Scottish Leaving Certificate Examination, 1953
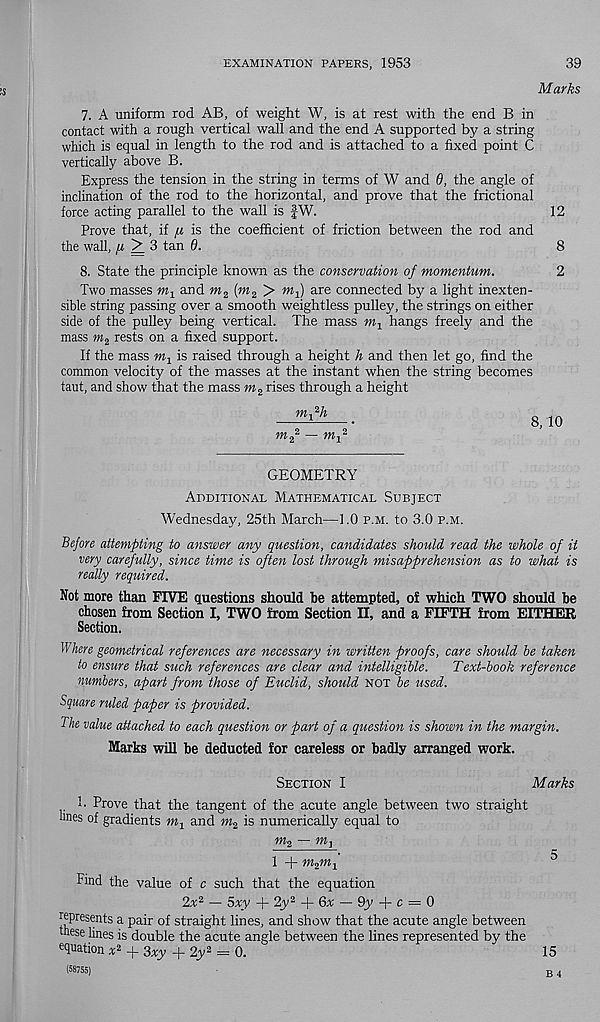
EXAMINATION PAPERS, 1953
39
Marks
7. A uniform rod AB, of weight W, is at rest with the end B in
contact with a rough vertical wall and the end A supported by a string
which is equal in length to the rod and is attached to a fixed point C
vertically above B.
Express the tension in the string in terms of W and 0, the angle of
inclination of the rod to the horizontal, and prove that the frictional
force acting parallel to the wall is fW.
12
Prove that, if fi is the coefficient of friction between the rod and
the wall,
3 tan 6.
8
8. State the principle known as the conservation of momentum.
2
Two masses m 1 and
(m 2 > mf) are connected by a light inexten-
sible string passing over a smooth weightless pulley, the strings on either
side of the pulley being vertical. The mass
hangs freely and the
mass m 2 rests on a fixed support.
If the mass Wj is raised through a height h and then let go, find the
common velocity of the masses at the instant when the string becomes
taut, and show that the mass m 2 rises through a height
m 2
2 —
GEOMETRY
Additional Mathematical Subject
Wednesday, 25th March—1.0 p.m. to 3.0 p.m.
Before attempting to answer any question, candidates should read the whole of it
very carefully, since time is often lost through misapprehension as to what is
really required.
Not more than FIVE questions should be attempted, oi which TWO should be
chosen from Section I, TWO from Section II, and a FIFTH from EITHER
Section.
Where geometrical references are necessary in written proofs, care should he taken
to ensure that such references are clear and intelligible.
Text-hook reference
numbers, apart from those of Euclid, should not he used.
Square ruled paper is provided.
The value attached to each question or part of a question is shown in the margin.
Marks will be deducted for careless or badly arranged work.
Section I
Marks
1. Prove that the tangent of the acute angle between two straight
lines of gradients m 1 and m 2 is numerically equal to
m 2 —
1 + m 2 m 1
^
Find the value of c such that the equation
2x 2 — 5xy + 2y 2 + 6# — 9_y + c = 0
represents a pair of straight lines, and show that the acute angle between
these lines is double the acute angle between the lines represented by the
equation + 3xy + 2 y2 = o.
15
(58755)
B 4